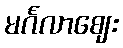
မင်္ဂလာဈေး